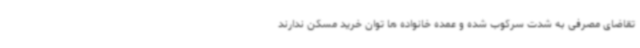
تقاضای مصرفی به شدت سرکوب شده و عمده خانواده ها توان خرید مسکن ندارند